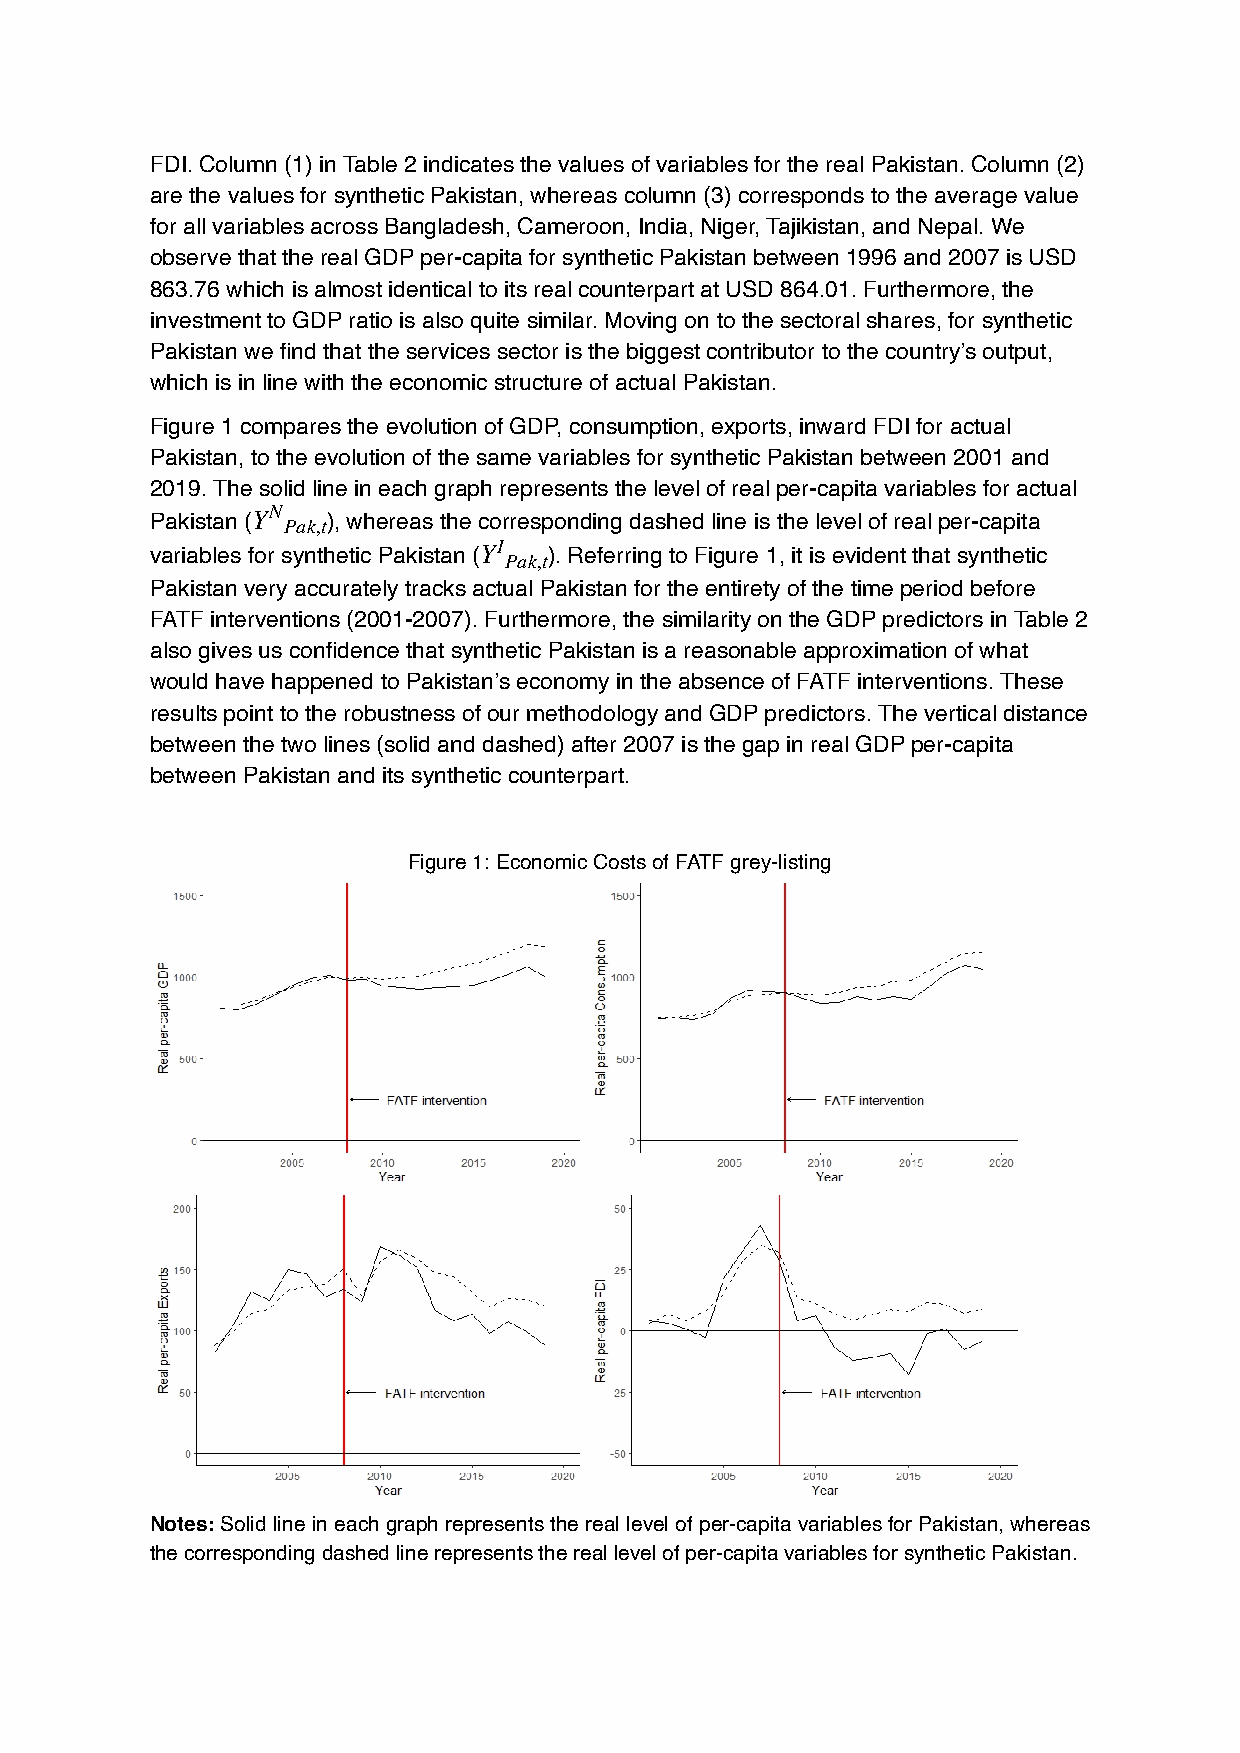
FDI. Column (1) in Table 2 indicates the values of variables for the real Pakistan. Column (2)
 are the values for synthetic Pakistan, whereas column (3) corresponds to the average value
 for all variables across Bangladesh, Cameroon, India, Niger, Tajikistan, and Nepal. We
 observe that the real GDP per-capita for synthetic Pakistan between 1996 and 2007 is USD
 863.76 which is almost identical to its real counterpart at USD 864.01. Furthermore, the
 investment to GDP ratio is also quite similar. Moving on to the sectoral shares, for synthetic
 Pakistan we find that the services sector is the biggest contributor to the country’s output,
 which is in line with the economic structure of actual Pakistan.
 Figure 1 compares the evolution of GDP, consumption, exports, inward FDI for actual
 Pakistan, to the evolution of the same variables for synthetic Pakistan between 2001 and
 2019. The solid line in each graph represents the level of real per-capita variables for actual
 Pakistan (YN ), whereas the corresponding dashed line is the level of real per-capita
 Pak,t
 variables for synthetic Pakistan (YI ). Referring to Figure 1, it is evident that synthetic
 Pak,t
 Pakistan very accurately tracks actual Pakistan for the entirety of the time period before
 FATF interventions (2001-2007). Furthermore, the similarity on the GDP predictors in Table 2
 also gives us confidence that synthetic Pakistan is a reasonable approximation of what
 would have happened to Pakistan’s economy in the absence of FATF interventions. These
 results point to the robustness of our methodology and GDP predictors. The vertical distance
 between the two lines (solid and dashed) after 2007 is the gap in real GDP per-capita
 between Pakistan and its synthetic counterpart.
 Figure 1: Economic Costs of FATF grey-listing
 Notes: Solid line in each graph represents the real level of per-capita variables for Pakistan, whereas
 the corresponding dashed line represents the real level of per-capita variables for synthetic Pakistan.